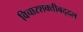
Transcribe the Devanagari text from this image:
विचारशक्तीबद्दल